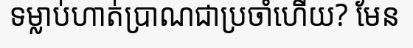
ទម្លាប់ហាត់ប្រាណជាប្រចាំហើយ? មែន